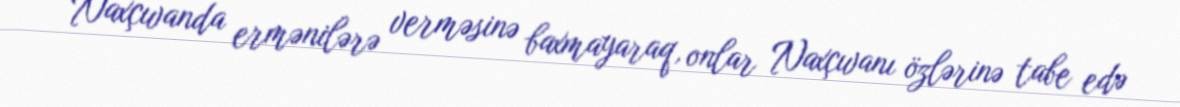
Naxçıvanda ermənilərə verməsinə baxmayaraq, onlar Naxçıvanı özlərinə tabe edə